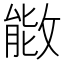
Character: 𫿌